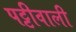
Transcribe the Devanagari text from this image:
पट्टीवाली